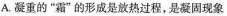
A.凝重的”霜”的形成是放热过程。是凝固现象